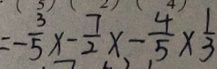
= - \frac { 3 } { 5 } x - \frac { 7 } { 2 } x - \frac { 4 } { 5 } \times \frac { 1 } { 3 }